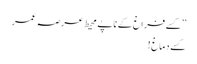
’’کسے فراغ کے ناپے محیط عرصہ عمر
کسے دماغ !